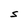
Character: S